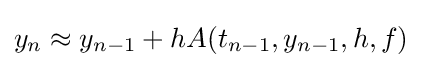
y_{n}\approx y_{n-1}+hA(t_{n-1},y_{n-1},h,f)